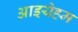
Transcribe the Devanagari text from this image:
आइयेहम